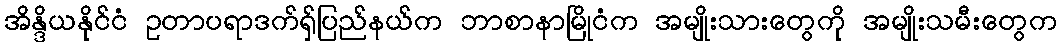
အိန္ဒိယနိုင်ငံ ဥတာပရာဒက်ရှ်ပြည်နယ်က ဘာစာနာမြိုငံက အမျိုးသားတွေကို အမျိုးသမီးတွေက